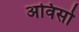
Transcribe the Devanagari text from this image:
अविसो